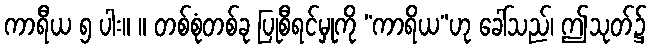
ကာရီယ ၅ ပါး။ ။ တစ်စုံတစ်ခု ပြုစီရင်မှုကို “ကာရိယ”ဟု ခေါ်သည်၊ ဤသုတ်၌